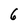
Character: 6